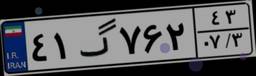
۲۸گ۱۹۳۹۷